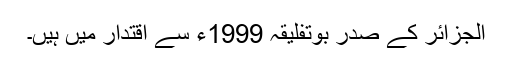
الجزائر کے صدر بوتفلیقہ 1999ء سے اقتدار میں ہیں۔